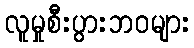
လူမှုစီးပွားဘဝများ